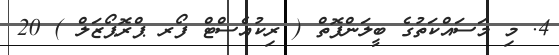
4. މި މަސައްކަތުގެ ބީލަންފޮތް ( ރިކުއެސްޓް ފޯރ ޕްރޮޕޯޒަލް ) 20